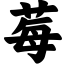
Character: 莓